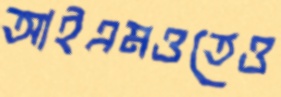
আইএমওতেও